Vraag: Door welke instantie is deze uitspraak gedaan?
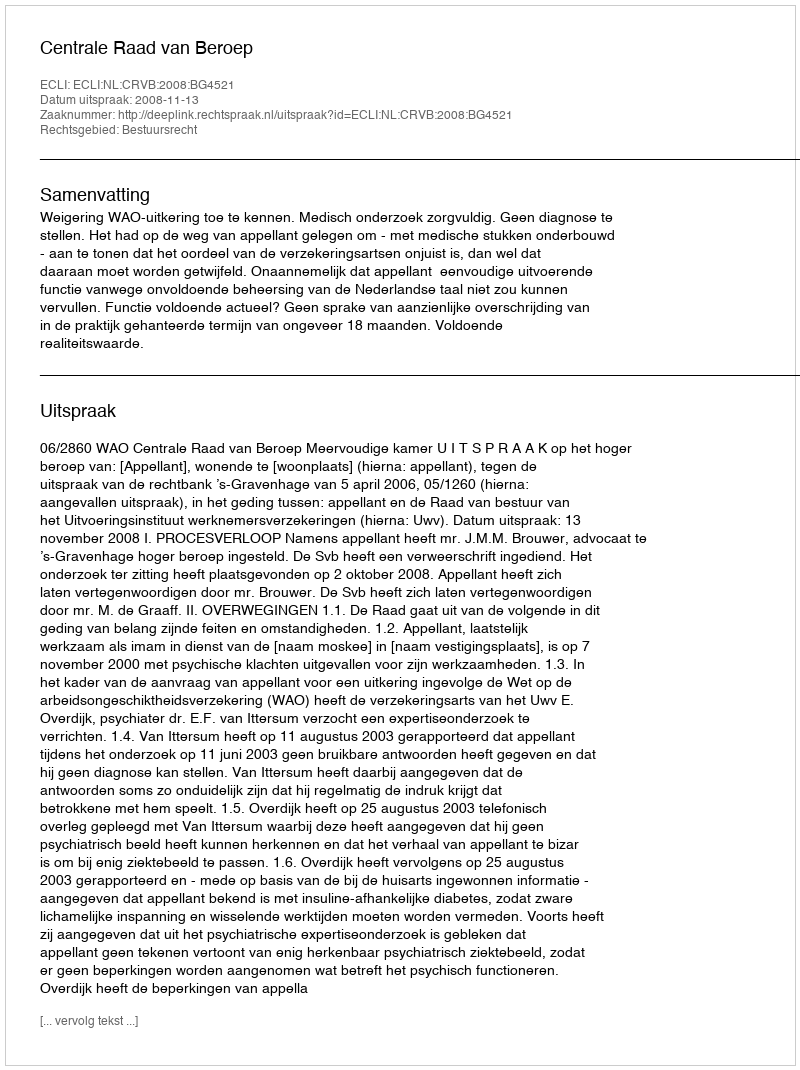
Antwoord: Centrale Raad van Beroep